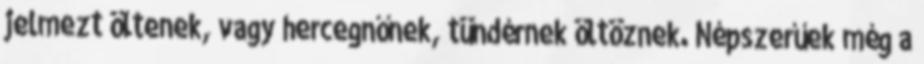
jelmezt öltenek, vagy hercegnőnek, tündérnek öltöznek. Népszerűek még a